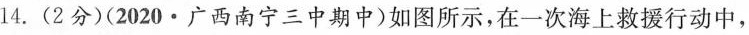
14.(2分)(2020·广西南宁三中期中)如图所示，在一次海上救援行动中，